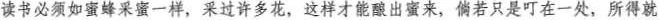
读书必须如蜜蜂采蜜一样，采过许多花，这样才能酿出蜜来，倘若只是叮在一处，所得就